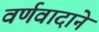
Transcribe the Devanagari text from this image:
वर्णवादाने